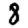
Digit: 8